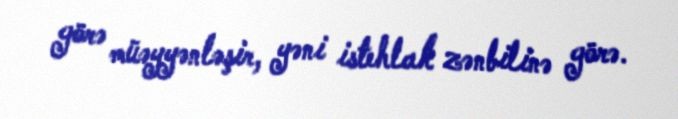
görə müəyyənləşir, yəni istehlak zənbilinə görə.